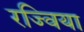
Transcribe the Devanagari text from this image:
रज्विया